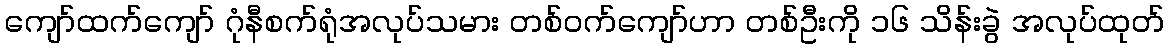
ကျော်ထက်ကျော် ဂုံနီစက်ရုံအလုပ်သမား တစ်ဝက်ကျော်ဟာ တစ်ဦးကို ၁၆ သိန်းခွဲ အလုပ်ထုတ်